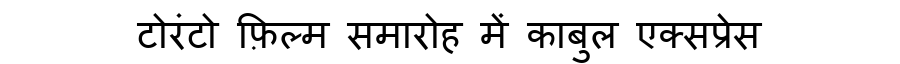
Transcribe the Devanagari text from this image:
टोरंटो फ़िल्म समारोह में काबुल एक्सप्रेस